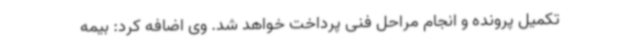
تکمیل پرونده و انجام مراحل فنی پرداخت خواهد شد. وی اضافه کرد: بیمه